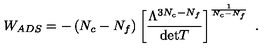
W _ { A D S } = - \left( N _ { c } - N _ { f } \right) \left[ \frac { \Lambda ^ { 3 N _ { c } - N _ { f } } } { \mathrm { d e t } T } \right] ^ { \frac { 1 } { N _ { c } - N _ { f } } } \ .